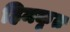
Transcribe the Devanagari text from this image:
हिमकृत